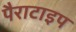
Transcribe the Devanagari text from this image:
पैराटाइप